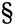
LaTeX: \S